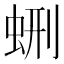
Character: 𧊞